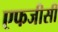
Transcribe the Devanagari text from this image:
एफजीसी